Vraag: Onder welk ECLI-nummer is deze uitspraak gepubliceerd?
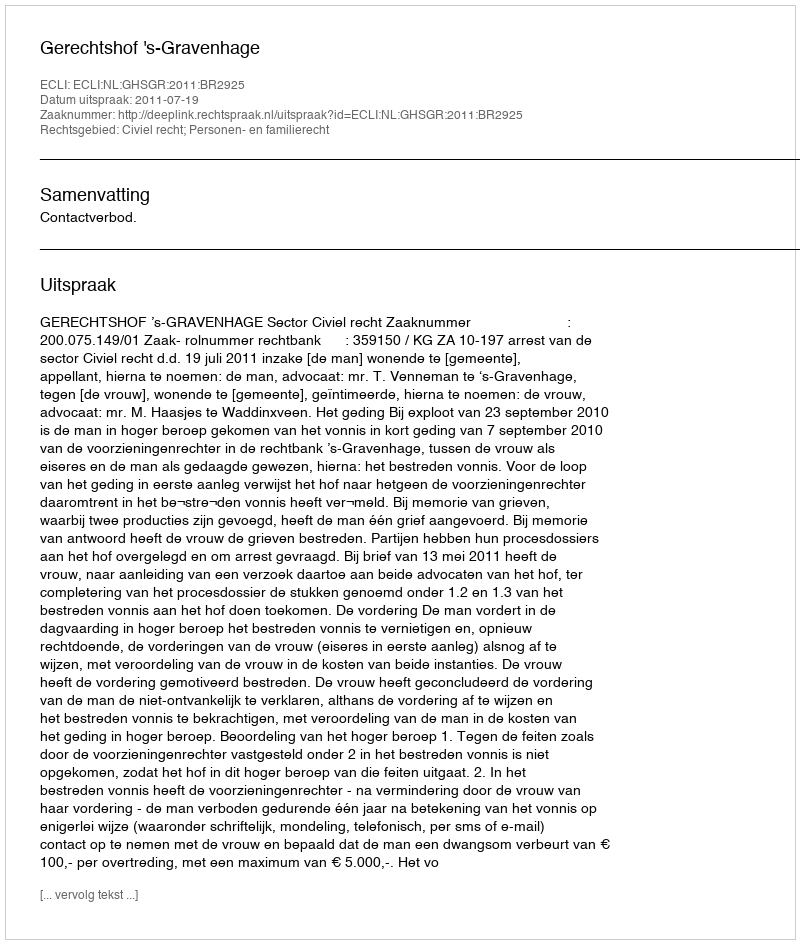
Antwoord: ECLI:NL:GHSGR:2011:BR2925